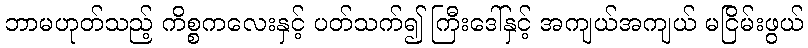
ဘာမဟုတ်သည့် ကိစ္စကလေးနှင့် ပတ်သက်၍ ကြီးဒေါ်နှင့် အကျယ်အကျယ် မငြိမ်းဖွယ်